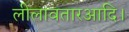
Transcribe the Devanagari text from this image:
लीलावतारआदि।